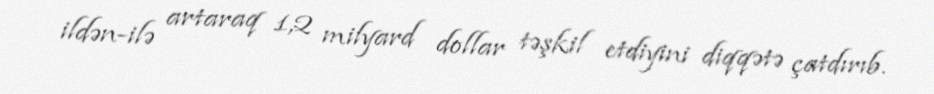
ildən-ilə artaraq 1,2 milyard dollar təşkil etdiyini diqqətə çatdırıb.